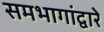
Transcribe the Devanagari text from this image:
समभागांद्वारे